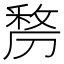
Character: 𭄐